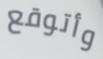
وأتوقع